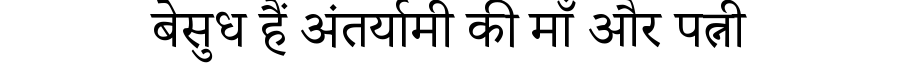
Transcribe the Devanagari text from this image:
बेसुध हैं अंतर्यामी की माँ और पत्नी